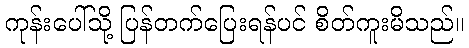
ကုန်းပေါ်သို့ ပြန်တက်ပြေးရန်ပင် စိတ်ကူးမိသည်။